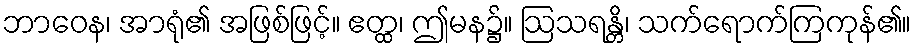
ဘာဝေန၊ အာရုံ၏ အဖြစ်ဖြင့်။ ဧတ္ထ၊ ဤမန၌။ ဩသရန္တိ၊ သက်ရောက်ကြကုန်၏။